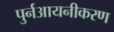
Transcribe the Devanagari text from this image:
पुर्नआयनीकरण